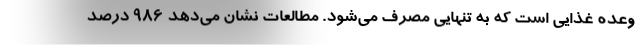
وعده غذایی است که به تنهایی مصرف می‌شود. مطالعات نشان می‌دهد ۹۸۶ درصد